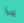
يا